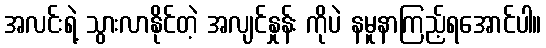
အလင်းရဲ့ သွားလာနိုင်တဲ့ အလျင်နှုန်း ကိုပဲ နမူနာကြည့်ရအောင်ပါ။